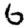
Digit: 6